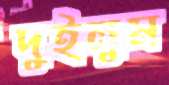
দুইলুম